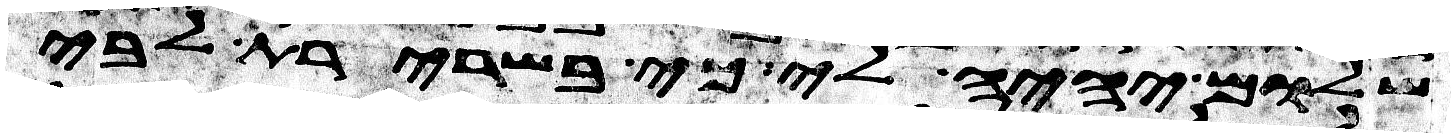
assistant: שלום יהיה לי כי בשרירת לבי